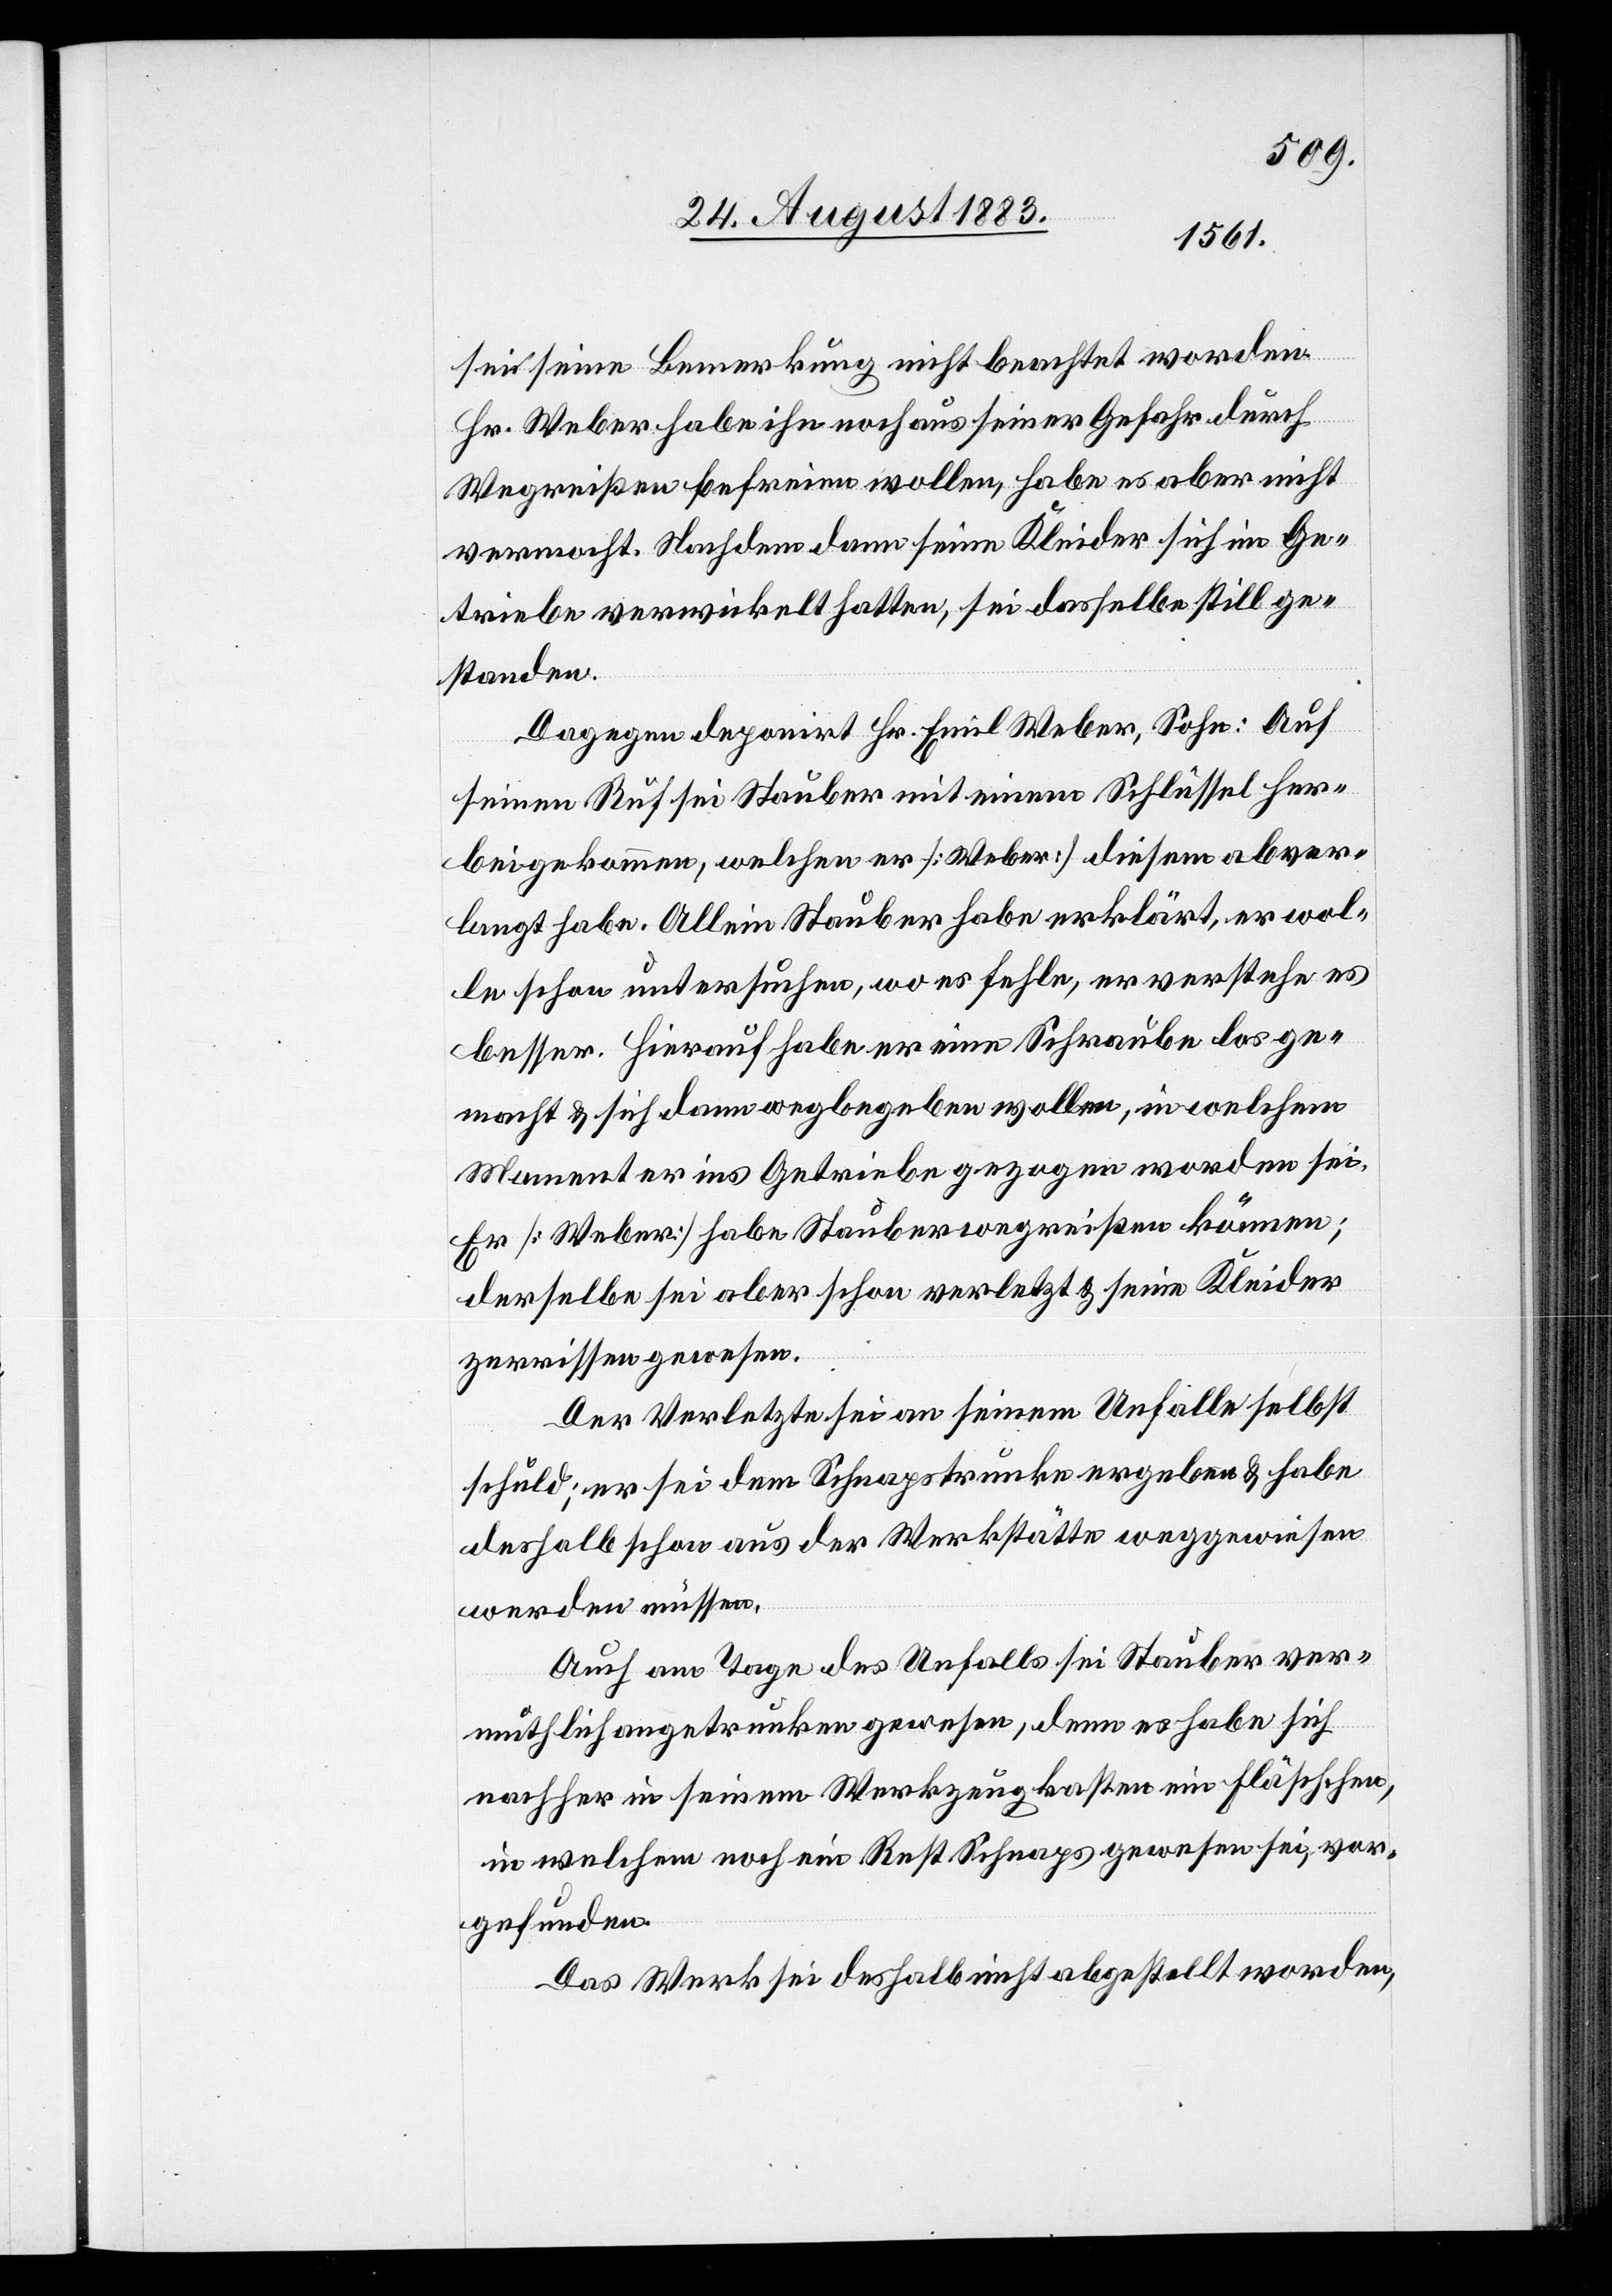
sei seine Bemerkung nicht beachtet worden.
Hr. Weber habe ihn noch aus seiner Gefahr durch
Wegreißen befreien wollen, habe es aber nicht
vermocht. Nachdem dann seine Kleider sich im Ge¬
triebe verwickelt hatten, sei dasselbe still ge¬
standen.
Dagegen deponirt Hr. Emil Weber, Sohn: Auf
seinen Ruf sei Stauber mit einem Schlüssel her¬
beigekommen, welchen er [Weber] diesem abver¬
langt habe. Allein Stauber habe erklärt, er wol¬
le schon untersuchen, wo es fehle, er verstehe es
besser. Hierauf habe er eine Schraube los ge¬
macht & sich dann wegbegeben wollen, in welchem
Moment er ins Getriebe gezogen worden sei.
Er [Weber] habe Stauber wegreißen können;
derselbe sei aber schon verletzt & seine Kleider
zerrissen gewesen.
Der Verletzte sei an seinem Unfalle selbst
schuld; er sei dem Schnapstrunke ergeben & habe
deshalb schon aus der Werkstätte weggewiesen
werden müssen.
Auch am Tage des Unfalles sei Stauber ver¬
muthlich angetrunken gewesen, denn es habe sich
nachher in seinem Werkzeugkasten ein Fläschchen,
in welchem noch ein Rest Schnaps gewesen sei, vor¬
gefunden.
Das Werk sei deshalb nicht abgestellt worden,